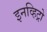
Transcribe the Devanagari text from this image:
इनव्हिट्रो